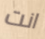
انت